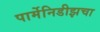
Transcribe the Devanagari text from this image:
पार्मेनिडीझचा